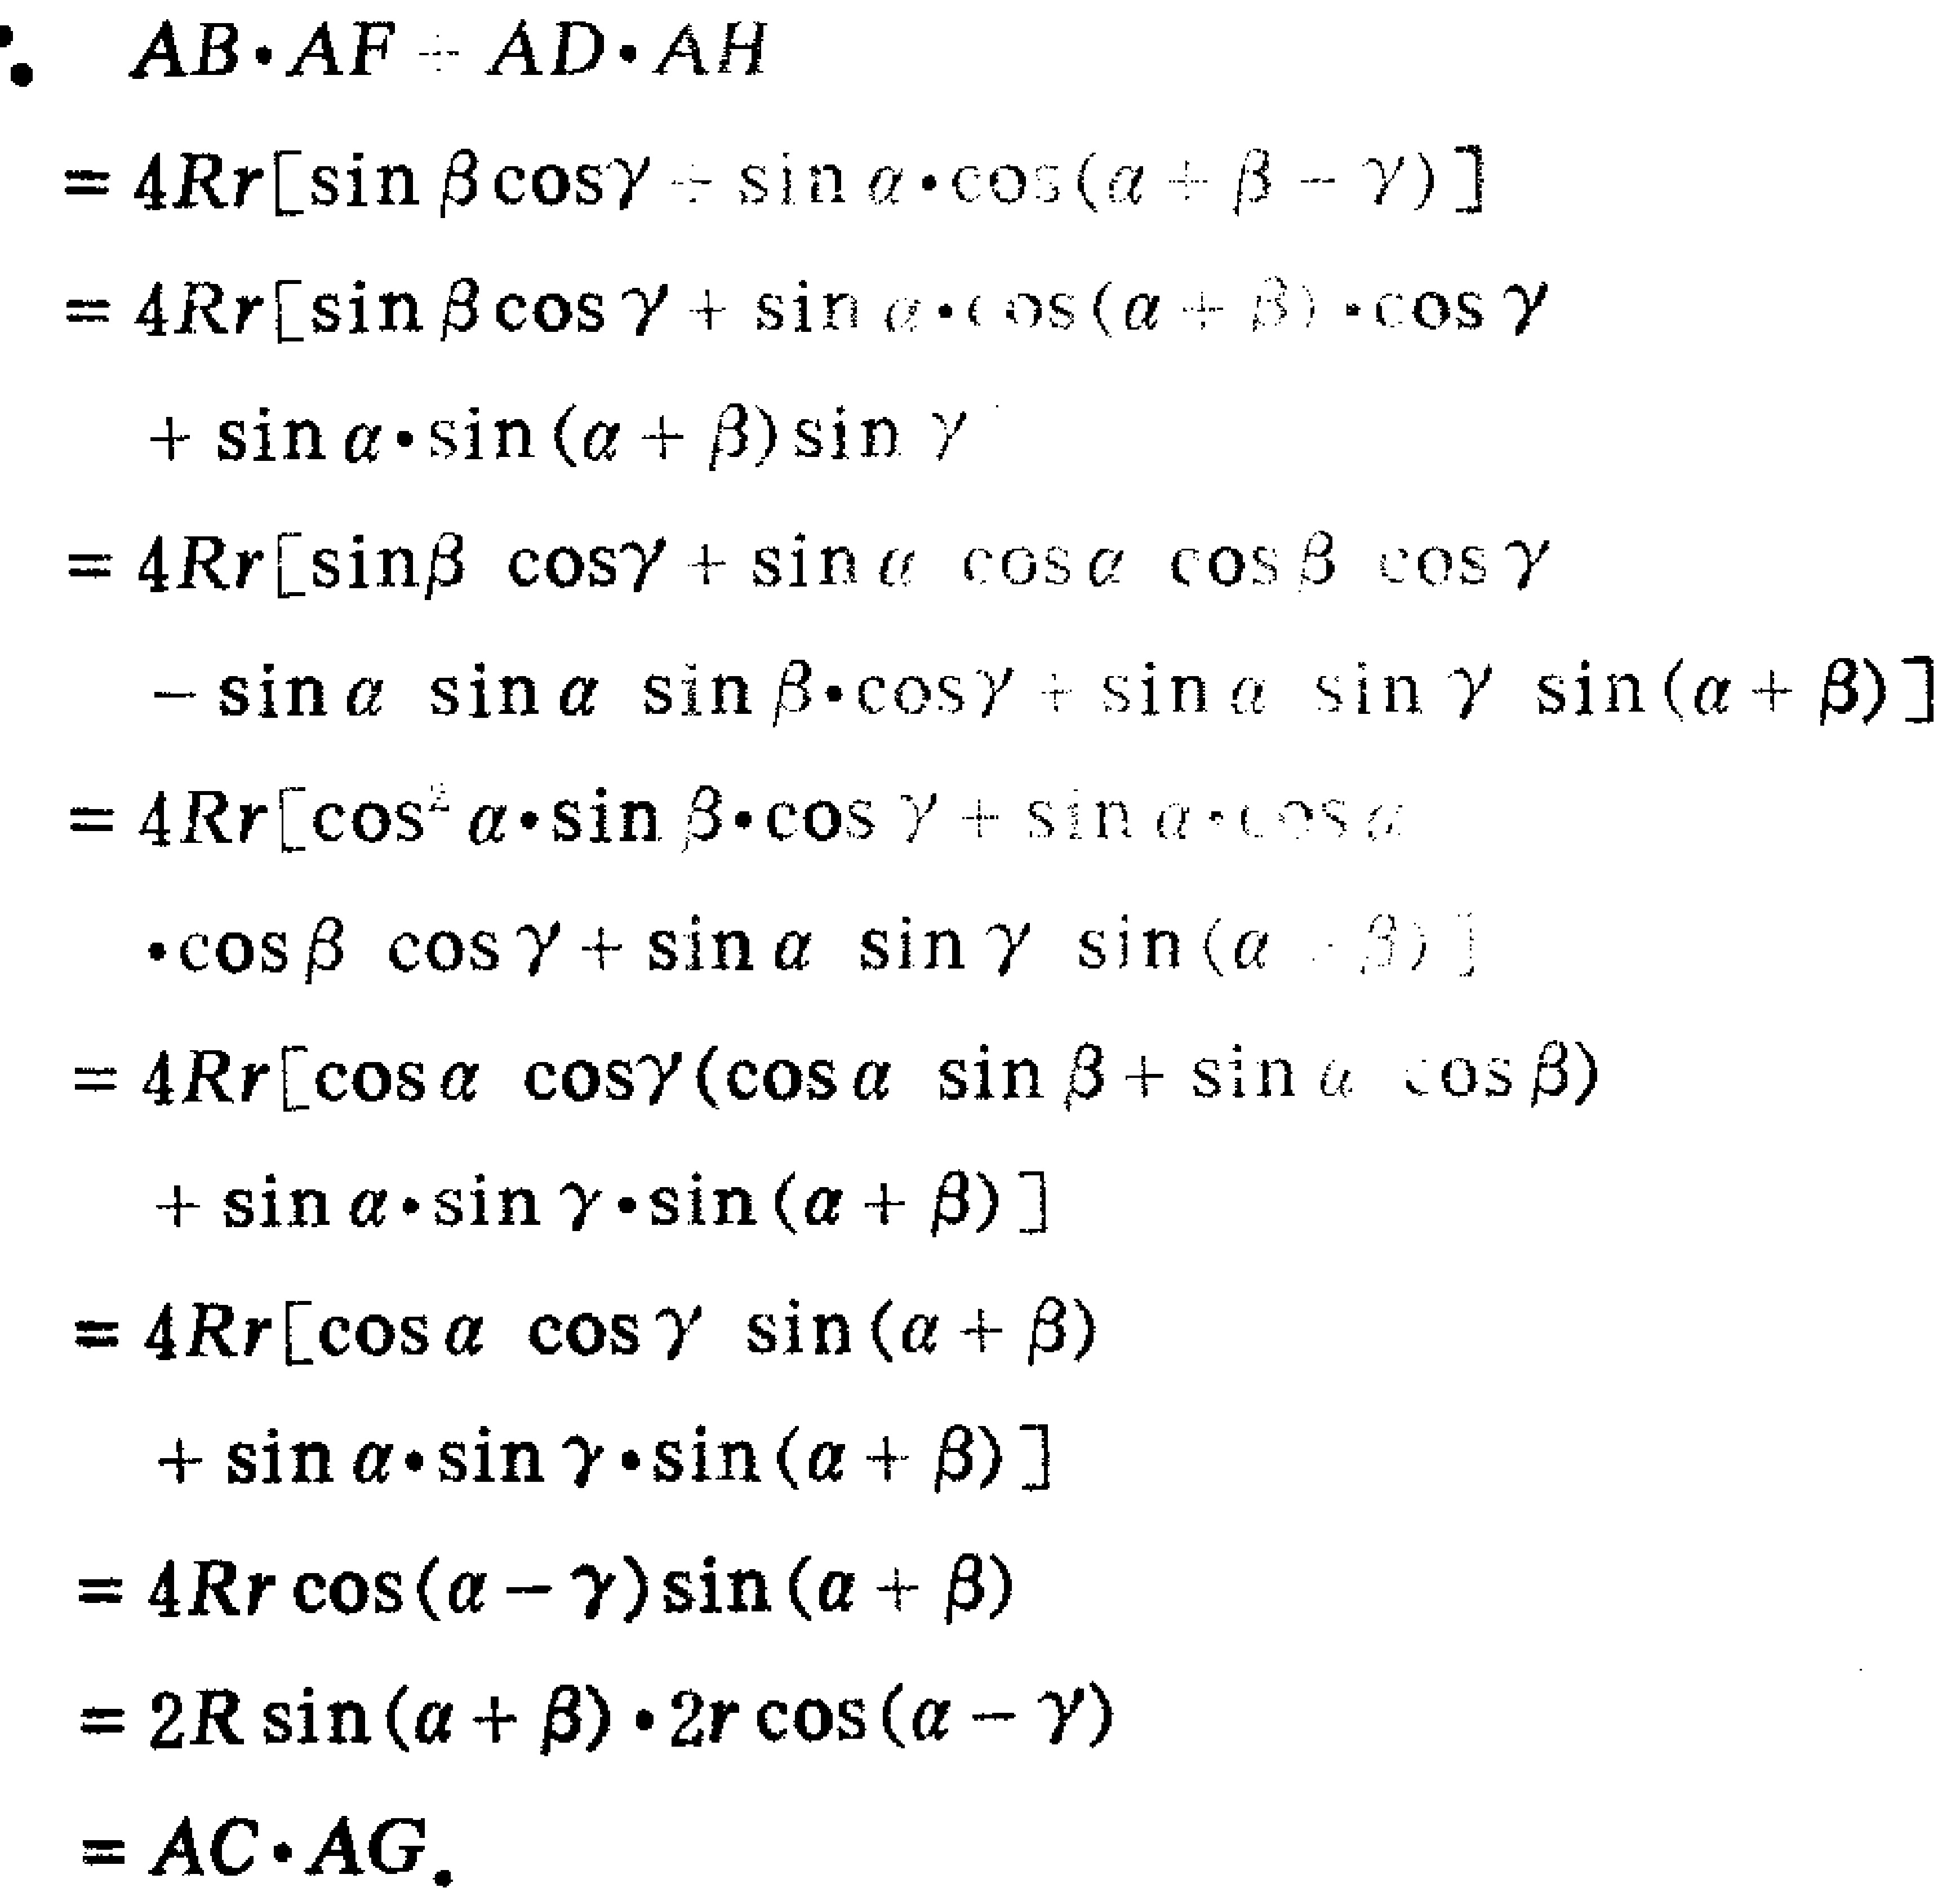
\begin{align*}
&AB\cdot AF + AD\cdot AH\\
=& 4Rr[\sin\beta\cos\gamma+\sin\alpha\cdot\cos(\alpha + \beta-\gamma)]\\
=& 4Rr[\sin\beta\cos\gamma+\sin\alpha\cdot\cos(\alpha + \beta)\cdot\cos\gamma\\
&\quad+\sin\alpha\cdot\sin(\alpha + \beta)\sin\gamma]\\
=& 4Rr[\sin\beta\cos\gamma+\sin\alpha\cos\alpha\cos\beta\cos\gamma\\
&\quad-\sin\alpha\sin\alpha\sin\beta\cdot\cos\gamma+\sin\alpha\sin\gamma\sin(\alpha + \beta)]\\
=& 4Rr[\cos^{2}\alpha\cdot\sin\beta\cdot\cos\gamma+\sin\alpha\cdot\cos\alpha\\
&\quad\cdot\cos\beta\cos\gamma+\sin\alpha\sin\gamma\sin(\alpha + \beta)]\\
=& 4Rr[\cos\alpha\cos\gamma(\cos\alpha\sin\beta+\sin\alpha\cos\beta)\\
&\quad+\sin\alpha\cdot\sin\gamma\cdot\sin(\alpha + \beta)]\\
=& 4Rr[\cos\alpha\cos\gamma\sin(\alpha + \beta)\\
&\quad+\sin\alpha\cdot\sin\gamma\cdot\sin(\alpha + \beta)]\\
=& 4Rr\cos(\alpha-\gamma)\sin(\alpha + \beta)\\
=& 2R\sin(\alpha + \beta)\cdot2r\cos(\alpha - \gamma)\\
=& AC\cdot AG.
\end{align*}